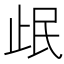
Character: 𰙣